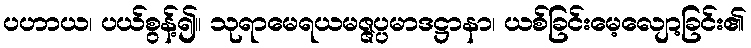
ပဟာယ၊ ပယ်စွန့်၍။ သုရာမေရယမဇ္ဇပ္ပမာဒဋ္ဌာနာ၊ ယစ်ခြင်းမေ့လျော့ခြင်း၏